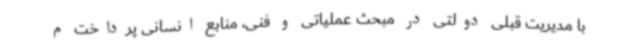
با مدیریت قبلی دولتی در مبحث عملیاتی و فنی، منابع انسانی پرداخت م